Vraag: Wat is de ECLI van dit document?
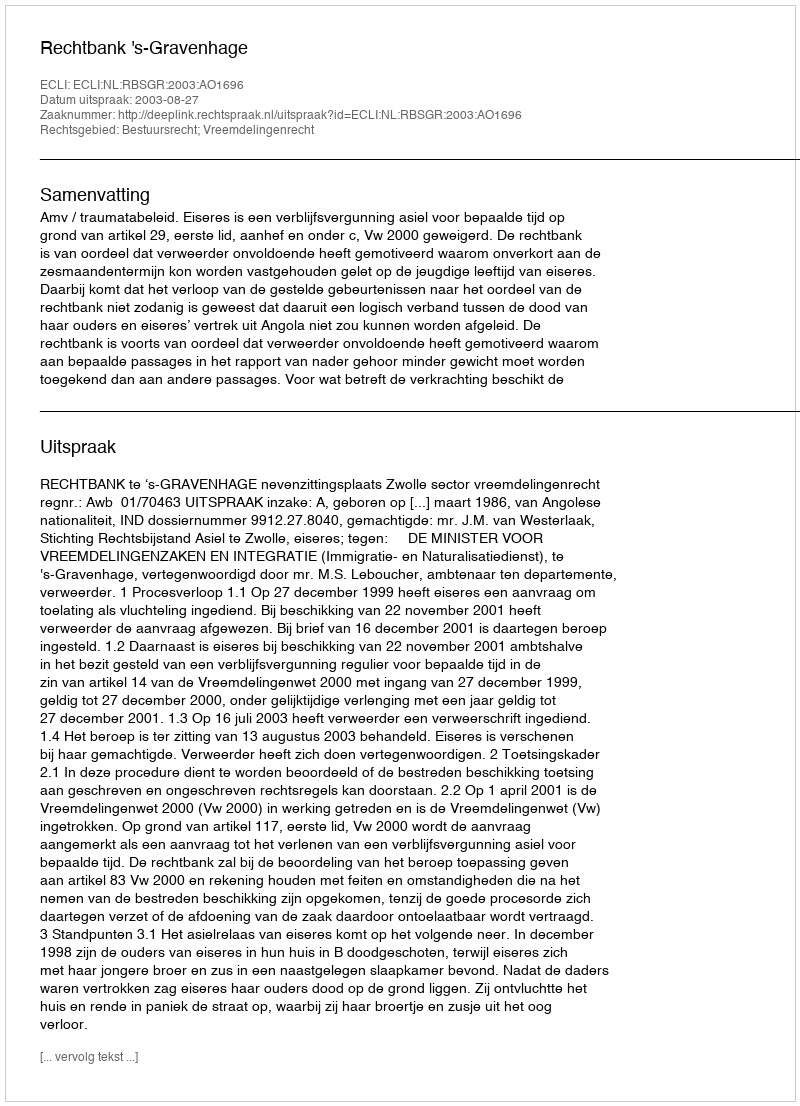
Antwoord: ECLI:NL:RBSGR:2003:AO1696